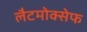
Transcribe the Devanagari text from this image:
लैटमोक्सेफ